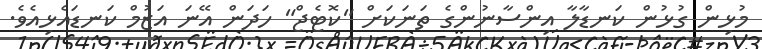
މުޅިން ގުޅުން ކަނޑާލާ އިންސާނުންގެ ތަނަކަށް "ކޮޓެޖް" ހަދަން އޭނަ އަޒުމް ކަނޑައެޅިއެވެ.